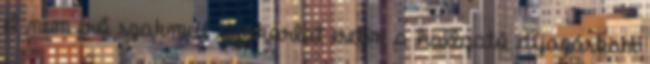
el nem érő szakmai gyakorlat esetén a hallgató díjazásban